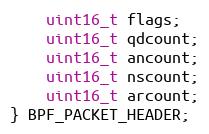
Language: C
    uint16_t flags;
    uint16_t qdcount;
    uint16_t ancount;
    uint16_t nscount;
    uint16_t arcount;
} BPF_PACKET_HEADER;